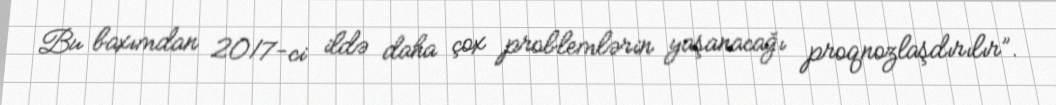
Bu baxımdan 2017-ci ildə daha çox problemlərin yaşanacağı proqnozlaşdırılır”.